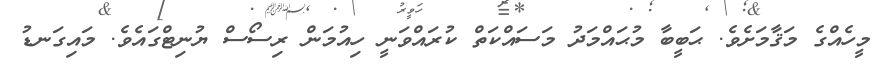
މީހެއްގެ މަޤާމަށެވެ. ޙަބީބާ މުޙައްމަދު މަސައްކަތް ކުރައްވަނީ ހިއުމަން ރިސޯސް ޔުނިޓްގައެވެ. މައިގަނޑު